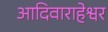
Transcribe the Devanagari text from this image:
आदिवाराहेश्वर